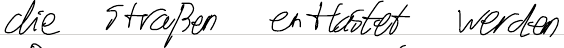
die Straßen entlastet werden